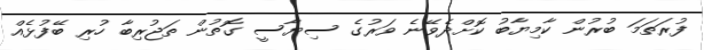
ފުރަތަމަ ބުރުން ކާމިޔާބު ކޮށްދެވޭނެ ވަރުގެ ސިޔާސީ ގޮތުން ތަޖުރިބާ ހުރި ބޭފުޅެއް